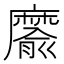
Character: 䵉